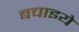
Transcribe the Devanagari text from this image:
बचाइये